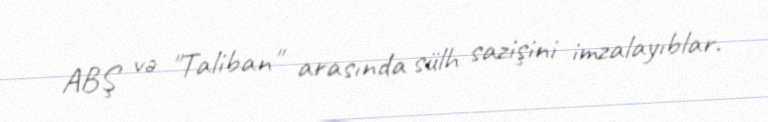
ABŞ və "Taliban" arasında sülh sazişini imzalayıblar.